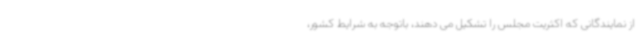
از نمایندگانی که اکثریت مجلس را تشکیل می دهند، باتوجه به شرایط کشور،